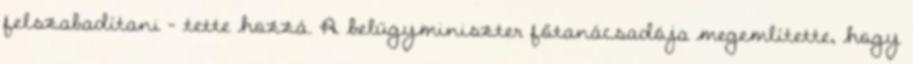
felszabadítani - tette hozzá. A belügyminiszter főtanácsadója megemlítette, hogy